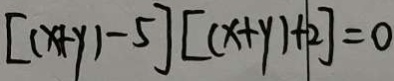
[ ( x + y ) - 5 ] [ ( x + y ) + 2 ] = 0